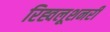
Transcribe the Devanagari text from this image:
रिह्वलूशनरी